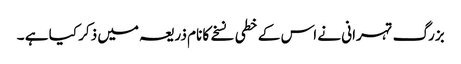
بزرگ تہرانی نے اس کے خطی نسخے کا نام ذریعہ میں ذکر کیا ہے ۔